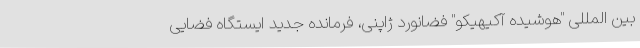
بین المللی "هوشیده آکیهیکو" فضانورد ژاپنی، فرمانده جدید ایستگاه فضایی